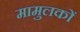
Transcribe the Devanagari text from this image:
मामुलकों